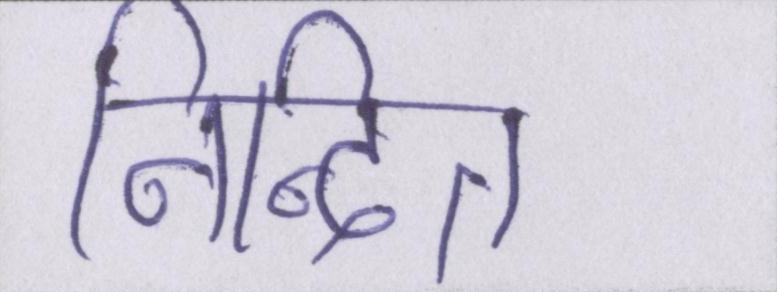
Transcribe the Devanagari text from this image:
निन्दित